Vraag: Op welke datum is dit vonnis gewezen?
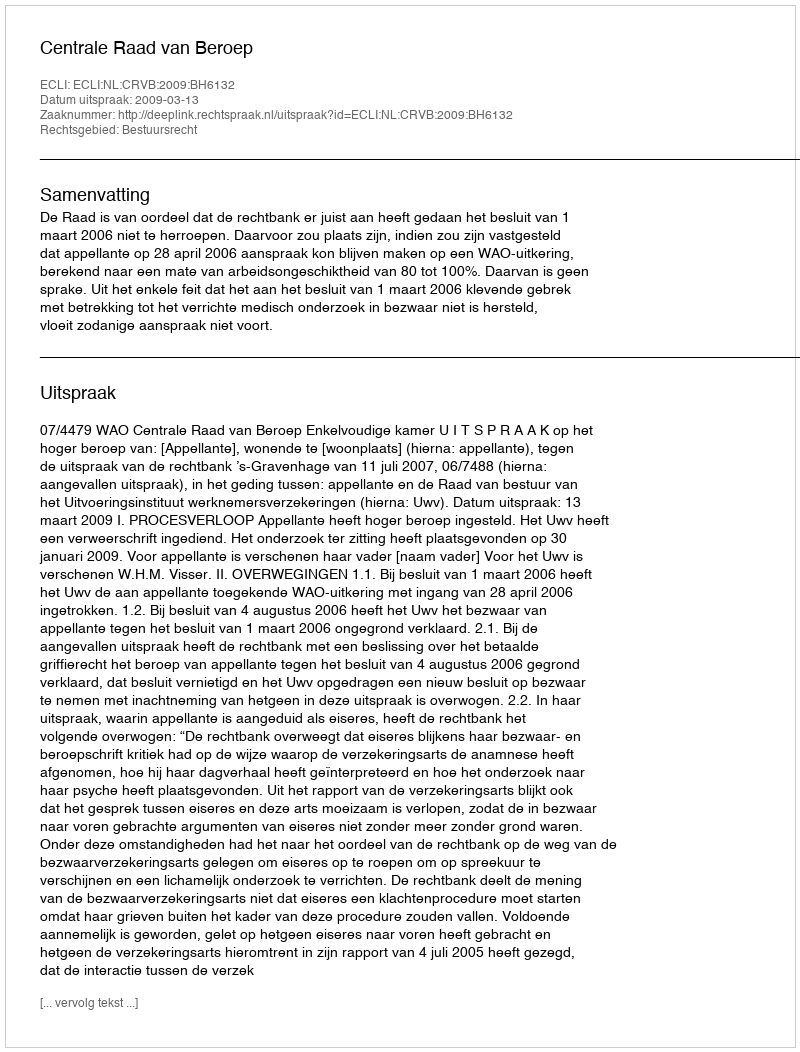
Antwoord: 2009-03-13